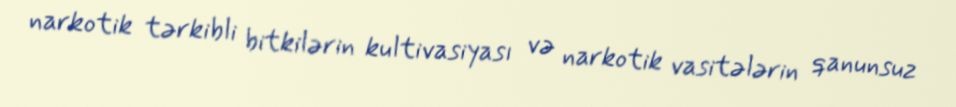
narkotik tərkibli bitkilərin kultivasiyası və narkotik vasitələrin qanunsuz